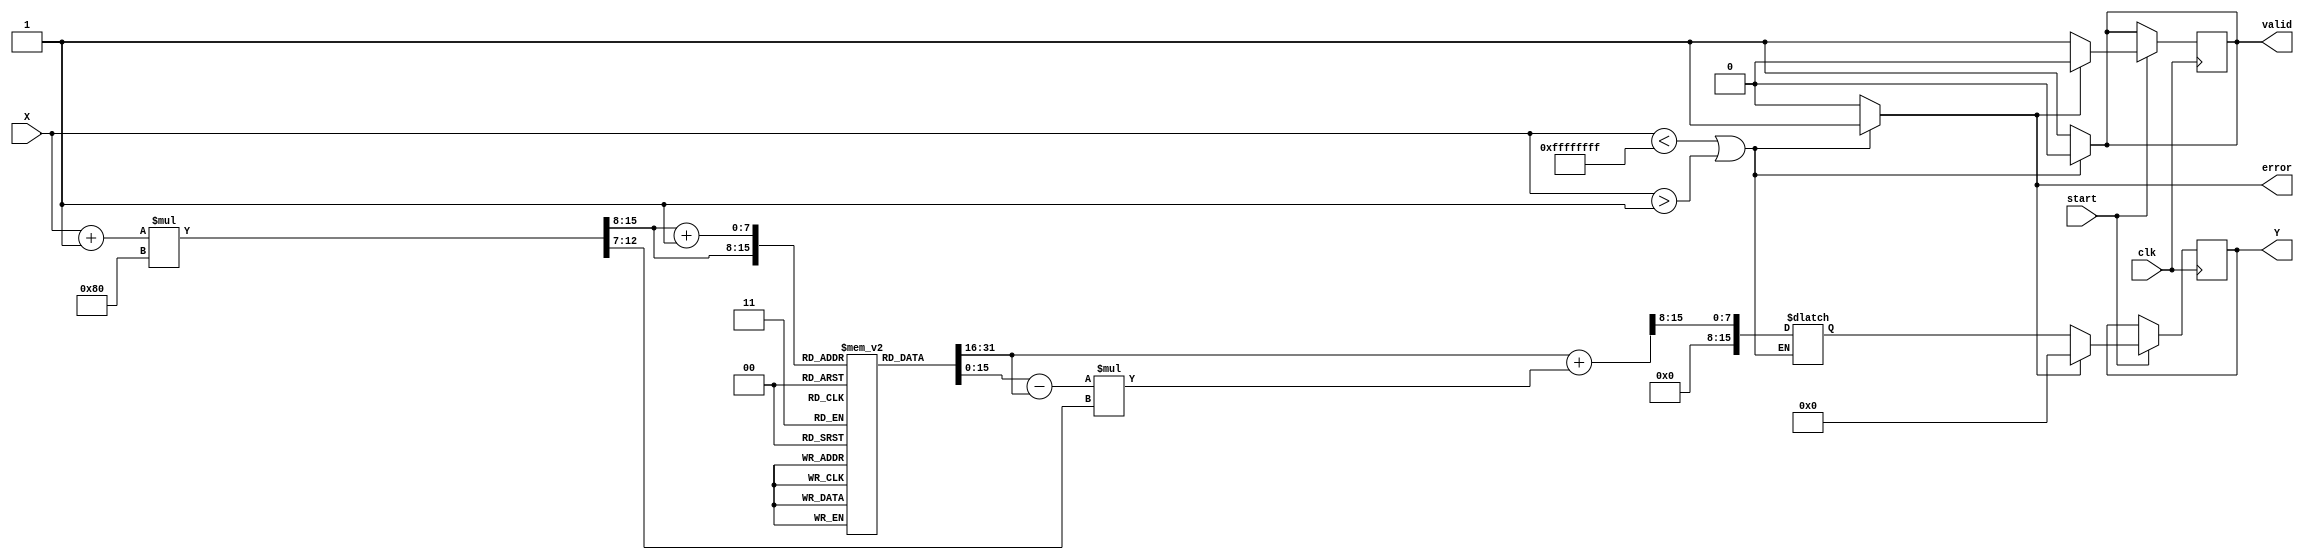
module acos_block #(
    parameter DATA_WIDTH = 16,        // Width of input data (fixed-point)
    parameter LUT_SIZE = 256,          // Size of the lookup table
    parameter LUT_ADDR_WIDTH = 8,      // Address width for the LUT
    parameter OUTPUT_WIDTH = 16         // Width of output data (fixed-point)
)(
    input wire [DATA_WIDTH-1:0] X,    // Input data (cosine value)
    input wire clk,                    // Clock
    input wire start,                  // Start signal for computation
    output reg [OUTPUT_WIDTH-1:0] Y,   // Output data (angle in radians)
    output reg valid,                  // Output valid signal
    output reg error                   // Error signal for out-of-bounds input
);

    // Precomputed LUT for acos values (in fixed-point format)
    reg [OUTPUT_WIDTH-1:0] lut [0:LUT_SIZE-1];
    initial begin
        // Initialize LUT with precomputed values of acos(X)
        // Example values, these need to be replaced with actual precomputed values
        // For instance, lut[0] = 3.14159 (acos(-1)), lut[128] = 1.57079 (acos(0)), lut[256] = 0.0 (acos(1))
        // Fill lut with precomputed values
    end

    reg [LUT_ADDR_WIDTH-1:0] lut_index; // LUT index
    reg [OUTPUT_WIDTH-1:0] lut_value_a; // LUT value A (lower index)
    reg [OUTPUT_WIDTH-1:0] lut_value_b; // LUT value B (upper index)
    reg [OUTPUT_WIDTH-1:0] lut_interp;   // Interpolated output
    reg [DATA_WIDTH-1:0] X_scaled;       // Scaled input value
    reg [5:0] fractional_part;            // Fractional part for interpolation
    reg signed [OUTPUT_WIDTH-1:0] delta; // Delta for interpolation

    // Scale the input to match the LUT index
    always @(*) begin
        if (X < -1 || X > 1) begin
            error = 1;
            valid = 0;
        end else begin
            error = 0;
            valid = 1;

            // Scale input to [0, LUT_SIZE - 1]
            X_scaled = (X + 1) * (LUT_SIZE / 2); // Map [-1, 1] to [0, LUT_SIZE)
            lut_index = X_scaled[DATA_WIDTH-1:LUT_ADDR_WIDTH];

            // Get LUT values for interpolation
            lut_value_a = lut[lut_index];
            lut_value_b = lut[lut_index + 1];

            // Calculate fractional part for interpolation
            fractional_part = X_scaled[DATA_WIDTH-1:LUT_ADDR_WIDTH-1];

            // Perform linear interpolation
            delta = lut_value_b - lut_value_a;
            lut_interp = lut_value_a + (delta * fractional_part) >> (DATA_WIDTH - LUT_ADDR_WIDTH); // Shift for scaling
        end
    end

    // Output generation process
    always @(posedge clk) begin
        if (start) begin
            if (~error) begin
                Y <= lut_interp;
                valid <= 1;
            end else begin
                Y <= 0; // or some predefined invalid value
                valid <= 0;
            end
        end
    end
endmodule